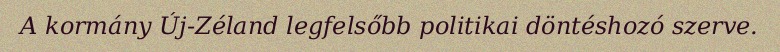
A kormány Új-Zéland legfelsőbb politikai döntéshozó szerve.